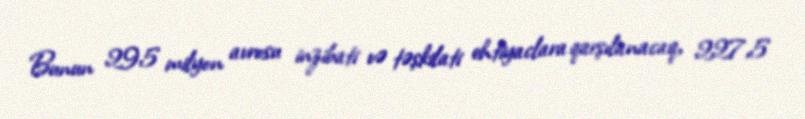
Bunun 295 milyon avrosu inzibati və təşkilati ehtiyaclara qarşılanacaq, 227,5